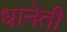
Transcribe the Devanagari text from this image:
धानेती